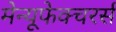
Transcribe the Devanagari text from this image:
मेन्यूफेक्चरर्स